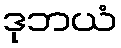
ဒုဘယံ